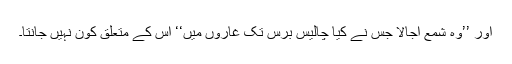
اور ’’وہ شمع اجالا جس نے کیا چالیس برس تک غاروں میں‘‘ اس کے متعلق کون نہیں جانتا۔